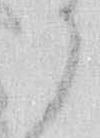
々